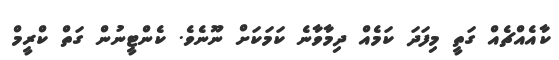
ކާއެއްޗެއް ގަތީ މިފަދަ ކަމެއް ދިމާވާނެ ކަމަކަށް ނޫނެވެ. ކެންޓީނުން ގަތް ކްރީމް